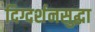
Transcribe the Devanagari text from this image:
दिग्दर्शनसुद्धा